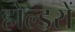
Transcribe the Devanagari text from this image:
होल्डरों